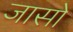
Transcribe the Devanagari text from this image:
जासो